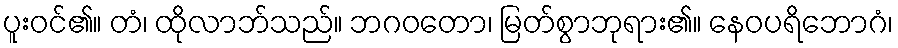
ပူးဝင်၏။ တံ၊ ထိုလာဘ်သည်။ ဘဂဝတော၊ မြတ်စွာဘုရား၏။ နေဝပရိဘောဂံ၊